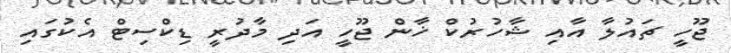
ޖޫހީ ޗައުލާ އާއި ޝާހުރުކް ޚާން ޖޫހީ އަދި މާދުރީ ޑިކްސިޓް އެކުގައި